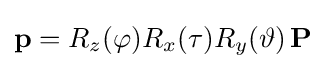
\mathbf {p} =R_{z}(\varphi )R_{x}(\tau )R_{y}(\vartheta )\,\mathbf {P}